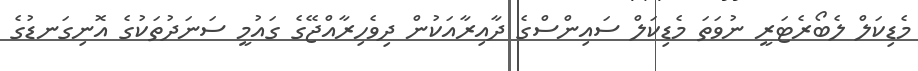
މެޑިކަލް ލެބޯރެޓަރީ ނުވަތަ މެޑިކަލް ސައިންސްގެ ދާއިރާއަކުން ދިވެހިރާއްޖޭގެ ގައުމީ ސަނަދުތަކުގެ އޮނިގަނޑުގެ